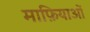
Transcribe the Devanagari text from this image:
माफ़ियाओं